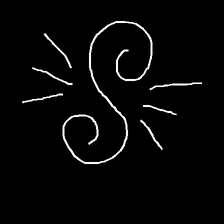
Glyph: wind-directs-air